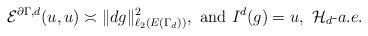
LaTeX: \begin{align*} \mathcal{E}^{\partial\Gamma,d}(u,u)\asymp \|dg\|^2_{\ell_2(E(\Gamma_{d}))},\ {\rm and}\ I^{d}(g)=u,\ {\cal H}_{d}\mathchar`-a.e. \end{align*}